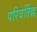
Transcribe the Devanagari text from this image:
परिवर्तिद्ध